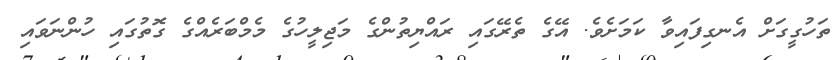
ތަހުގީގަށް އެނގިފައިވާ ކަަމަށެވެ. އޭގެ ތެރޭގައި ރައްޔިތުންގެ މަޖިލީހުގެ މެމްބަރެއްގެ ގޮތުގައި ހުންނަވައި